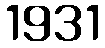
1931